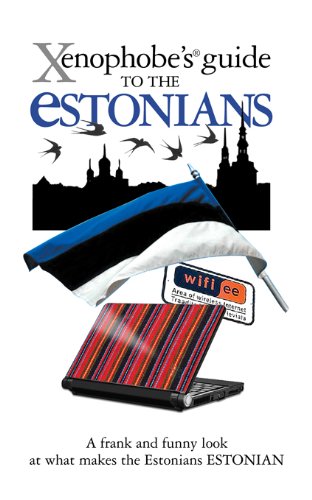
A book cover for Xenophobe's Guide to the Estonians; Hilary Bird; Travel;